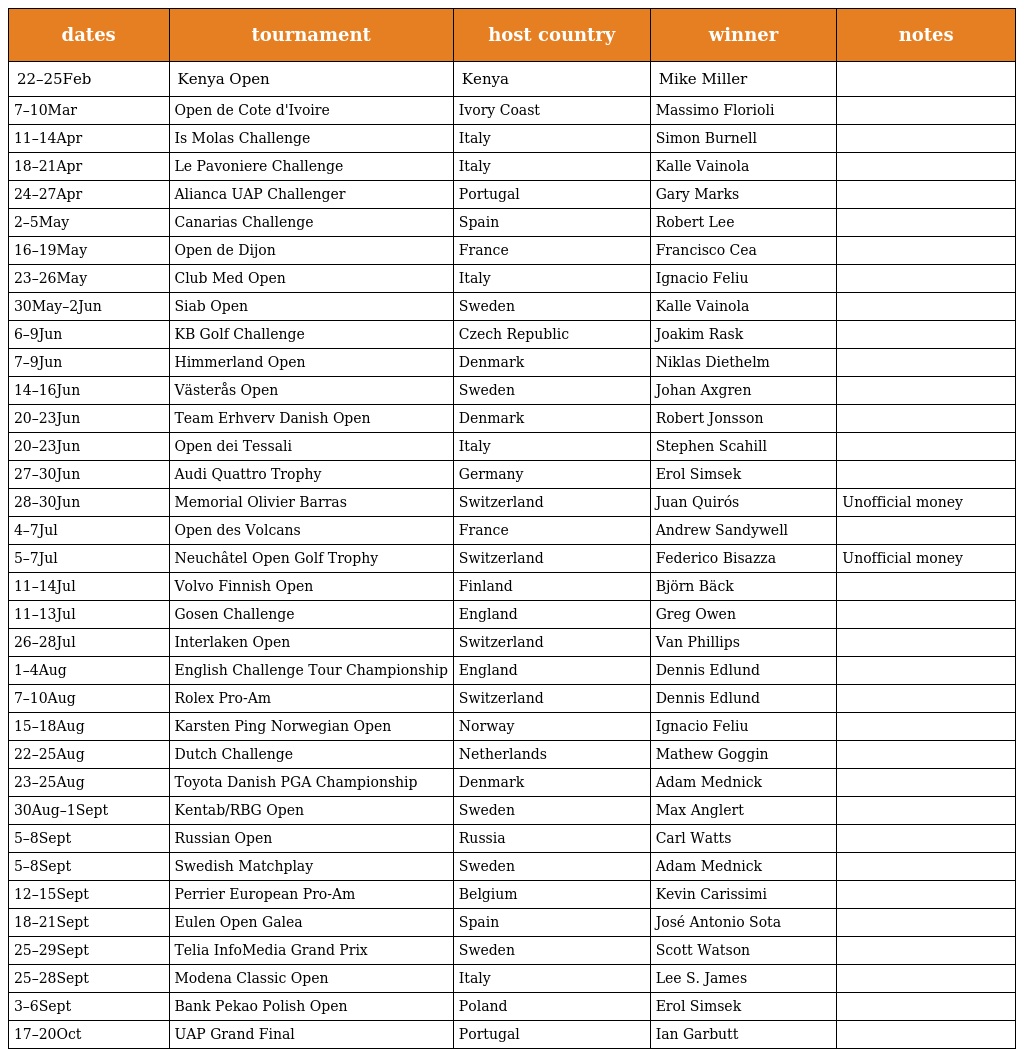
| dates | tournament | host country | winner | notes |
 | --- | --- | --- | --- | --- |
 | 22–25Feb | Kenya Open | Kenya | Mike Miller |  |
 | 7–10Mar | Open de Cote d'Ivoire | Ivory Coast | Massimo Florioli |  |
 | 11–14Apr | Is Molas Challenge | Italy | Simon Burnell |  |
 | 18–21Apr | Le Pavoniere Challenge | Italy | Kalle Vainola |  |
 | 24–27Apr | Alianca UAP Challenger | Portugal | Gary Marks |  |
 | 2–5May | Canarias Challenge | Spain | Robert Lee |  |
 | 16–19May | Open de Dijon | France | Francisco Cea |  |
 | 23–26May | Club Med Open | Italy | Ignacio Feliu |  |
 | 30May–2Jun | Siab Open | Sweden | Kalle Vainola |  |
 | 6–9Jun | KB Golf Challenge | Czech Republic | Joakim Rask |  |
 | 7–9Jun | Himmerland Open | Denmark | Niklas Diethelm |  |
 | 14–16Jun | Västerås Open | Sweden | Johan Axgren |  |
 | 20–23Jun | Team Erhverv Danish Open | Denmark | Robert Jonsson |  |
 | 20–23Jun | Open dei Tessali | Italy | Stephen Scahill |  |
 | 27–30Jun | Audi Quattro Trophy | Germany | Erol Simsek |  |
 | 28–30Jun | Memorial Olivier Barras | Switzerland | Juan Quirós | Unofficial money |
 | 4–7Jul | Open des Volcans | France | Andrew Sandywell |  |
 | 5–7Jul | Neuchâtel Open Golf Trophy | Switzerland | Federico Bisazza | Unofficial money |
 | 11–14Jul | Volvo Finnish Open | Finland | Björn Bäck |  |
 | 11–13Jul | Gosen Challenge | England | Greg Owen |  |
 | 26–28Jul | Interlaken Open | Switzerland | Van Phillips |  |
 | 1–4Aug | English Challenge Tour Championship | England | Dennis Edlund |  |
 | 7–10Aug | Rolex Pro-Am | Switzerland | Dennis Edlund |  |
 | 15–18Aug | Karsten Ping Norwegian Open | Norway | Ignacio Feliu |  |
 | 22–25Aug | Dutch Challenge | Netherlands | Mathew Goggin |  |
 | 23–25Aug | Toyota Danish PGA Championship | Denmark | Adam Mednick |  |
 | 30Aug–1Sept | Kentab/RBG Open | Sweden | Max Anglert |  |
 | 5–8Sept | Russian Open | Russia | Carl Watts |  |
 | 5–8Sept | Swedish Matchplay | Sweden | Adam Mednick |  |
 | 12–15Sept | Perrier European Pro-Am | Belgium | Kevin Carissimi |  |
 | 18–21Sept | Eulen Open Galea | Spain | José Antonio Sota |  |
 | 25–29Sept | Telia InfoMedia Grand Prix | Sweden | Scott Watson |  |
 | 25–28Sept | Modena Classic Open | Italy | Lee S. James |  |
 | 3–6Sept | Bank Pekao Polish Open | Poland | Erol Simsek |  |
 | 17–20Oct | UAP Grand Final | Portugal | Ian Garbutt |  |